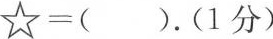
☆=().(一分）